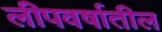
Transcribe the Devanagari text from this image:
लीपवर्षातील